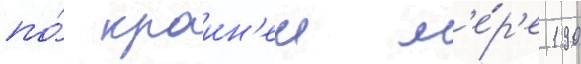
по́ краин'еи м'е́р'е 190